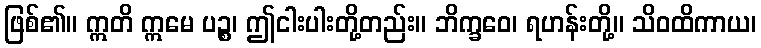
ဖြစ်၏။ ဣတိ ဣမေ ပဉ္စ၊ ဤငါးပါးတို့တည်း။ ဘိက္ခဝေ၊ ရဟန်းတို့။ သိဝထိကာယ၊